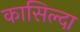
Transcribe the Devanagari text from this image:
कासिल्दा